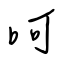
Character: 呵